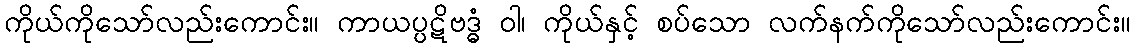
ကိုယ်ကိုသော်လည်းကောင်း။ ကာယပ္ပဋိဗဒ္ဓံ ဝါ၊ ကိုယ်နှင့် စပ်သော လက်နက်ကိုသော်လည်းကောင်း။